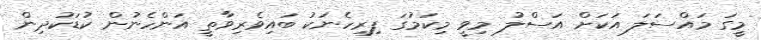
މީގަ މައްސަލަ އަކަށް އަސްލު މިވީ މިކަމުގަ ފިރިހެނަކު ބައިވެރިވާތީ އަންހެނުން ކުޑަކުދިން